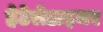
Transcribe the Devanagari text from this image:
हेटेरोडाइमर